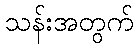
သန်းအတွက်